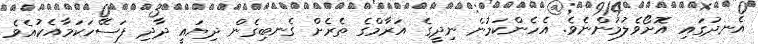
އެނދުގައި އޮށޯވެލުމުންނެވެ. އެހެންކަމުން ނިދީގެ އަރާމްގެ ތެރެށް ގެނބިގެން ދިޔައީ ދާދި ފަސޭހަކަމާއެކުއެވެ.